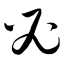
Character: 必